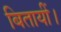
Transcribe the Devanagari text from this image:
बितायीं।